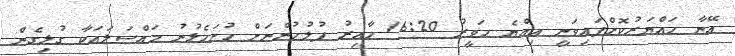
އޭނާ ހައްޔަރުކޮށްފައިވަނީ އިއްޔެ ހަވީރު 16:20 ހާއިރު ފުލުހުންނަށް ހުށަހެޅުނު މައްސަލައަކާ ގުޅިގެން